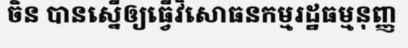
ចិន បានស្នើឲ្យធ្វើវិសោធនកម្មរដ្ឋធម្មនុញ្ញ